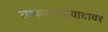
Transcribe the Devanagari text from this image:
लष्करसत्तावादावर